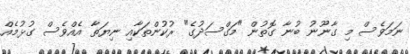
ނަމަވެސް މި ގާނޫނު ބުނާ ގޮތުން "މަގްސަދުގެ" ރުކުންތަކާއި ނިޔަތާ އެއްވެސް ގުޅުމެއް